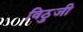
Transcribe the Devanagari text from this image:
विठुजी